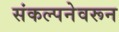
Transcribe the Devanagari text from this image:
संकल्पनेवरून